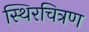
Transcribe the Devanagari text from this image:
स्थिरचित्रण